system: You are a helpful assistant.
user:
Analyze the provided spectrum to determine if it is a **M-type Giant (gM)**.

A M-type Giant spectrum is defined by its **strong molecular absorption** features, particularly from **Titanium Oxide (TiO)**. You must check for one of the following mutually exclusive signatures:

- **Key Visual Indicators (Absorption-Dominated Spectrum):**

    - **(Primary):** The spectrum is dominated by strong molecular absorption from **Titanium Oxide (TiO)**. This is the **defining feature** of its M-type temperature class.
        - **(Key Bandheads):** Look for sharp, "saw-tooth" absorption valleys. The strongest are located near **~7050 Å**, **~6160 Å**, and **~5170 Å**.
        - **(Line Profile):** The "saw-tooth" morphology is critical: a **sharp, steep drop on the BLUE (short-wavelength) side** of the bandhead, followed by a gradual recovery (rising flux) towards the RED (long-wavelength) side.

    - **(Key Confirmation - Giant vs. Dwarf):** **ABSENCE** of strong **Calcium Hydride (CaH)** molecular bands. This is the primary diagnostic for *excluding* M-dwarfs.
        - **(Key Region):** The spectrum should lack the strong, broad absorption band seen in dwarfs between **~6800 Å and ~7000 Å**.

    - **(Secondary Confirmation - Giant):** A very strong and broad **Neutral Calcium (Ca I)** atomic absorption line.
        - **(Key Line):** Located at **~4226 Å**. In a giant (gM), this line is significantly deeper and broader than the same line in an M-dwarf (dM) due to low surface gravity.

    - **(Overall Spectrum):**
        - The continuum is **extremely red-sloping** (i.e., flux is very low in the blue and rises dramatically towards the red).
        - The entire spectrum appears "chopped up" by the deep TiO bands.

Think first, call **spectral_visualization_tool** if needed to examine features in detail, then provide your final answer. Your response must adhere to the following strict rules:
1.  **Overall Structure:** Your response must follow the format `<think>...</think> <tool_call>...</tool_call> (if a tool is used) <answer>...</answer>`.
2.  **Tool Usage Constraint:** You may only make **one** tool call per turn.
3.  **Final Answer Format:** In the `<answer>` tag, your conclusion must be inside a `\boxed{}` command (e.g., `\boxed{YES}` or `\boxed{NO}`), followed by your justification.

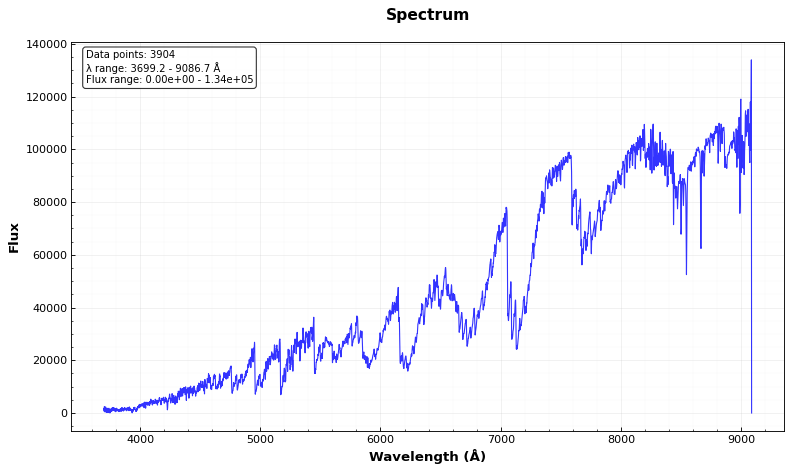
Answer: YES